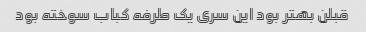
قبلن بهتر بود این سری یک طرفه کباب سوخته بود